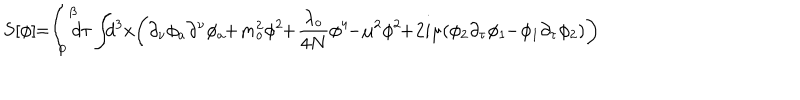
S [ \phi ] \! \! = \! \! \int _ { 0 } ^ { \beta } \! \! \! d \tau \int \! \! \! d ^ { 3 } x \! \left( \partial _ { \nu } \phi _ { a } \partial ^ { \nu } \phi _ { a } \! \! + \! m _ { o } ^ { 2 } \phi ^ { 2 } \! \! + \! \frac { \lambda _ { o } } { 4 N } \phi ^ { 4 } \! \! - \! \mu ^ { 2 } \phi ^ { 2 } \! \! + \! 2 i \mu ( \phi _ { 2 } \partial _ { \tau } \phi _ { 1 } \! \! - \! \phi _ { 1 } \partial _ { \tau } \phi _ { 2 } ) \right)